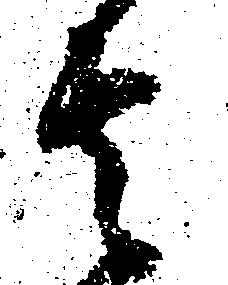
其